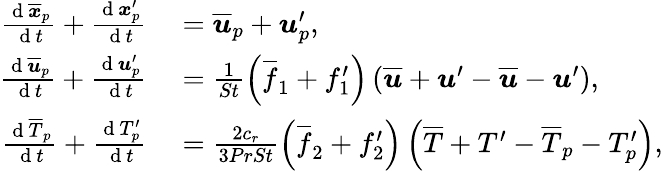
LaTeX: \begin{array}{rl}{\frac{\mathrm{~d~}\overline{{\boldsymbol{x}}}_{p}}{\mathrm{~d~}t}+\frac{\mathrm{~d~}\boldsymbol{x}_{p}^{\prime}}{\mathrm{~d~}t}}&{{}=\overline{{\boldsymbol u}}_{p}+\boldsymbol u_{p}^{\prime},}\\ {\frac{\mathrm{~d~}\overline{{\boldsymbol{u}}}_{p}}{\mathrm{~d~}t}+\frac{\mathrm{~d~}\boldsymbol{u}_{p}^{\prime}}{\mathrm{~d~}t}}&{{}=\frac{1}{St}\left(\overline{{f}}_{1}+f_{1}^{\prime}\right)\left(\overline{{\boldsymbol u}}+\boldsymbol u^{\prime}-\overline{{\boldsymbol u}}-\boldsymbol u^{\prime}\right),}\\ {\frac{\mathrm{~d~}\overline{T}_{p}}{\mathrm{~d~}t}+\frac{\mathrm{~d~}T_{p}^{\prime}}{\mathrm{~d~}t}}&{{}=\frac{2c_{r}}{3PrSt}\left(\overline{{f}}_{2}+f_{2}^{\prime}\right)\left(\overline{{T}}+T^{\prime}-\overline{{T}}_{p}-T_{p}^{\prime}\right),}\end{array}